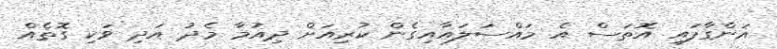
އަންގާފައި އޮތަސް އެ މައްސަލައާއިގެން ކުރިއަށް ދިއުމާ މެދު އަދި ވަކި ގޮތެއް